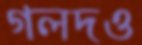
গলদও